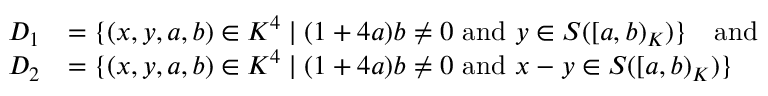
\begin{array} { r l } { D _ { 1 } } & { = \lbrace ( x , y , a , b ) \in K ^ { 4 } \mid ( 1 + 4 a ) b \neq 0 \mathrm { ~ a n d ~ } y \in S ( [ a , b ) _ { K } ) \rbrace \quad \mathrm { a n d } } \\ { \quad D _ { 2 } } & { = \lbrace ( x , y , a , b ) \in K ^ { 4 } \mid ( 1 + 4 a ) b \neq 0 \mathrm { ~ a n d ~ } x - y \in S ( [ a , b ) _ { K } ) \rbrace } \end{array}